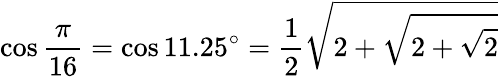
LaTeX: \cos{\frac{\pi}{16}}=\cos 11.25^{\circ}={\frac{1}{2}}{\sqrt{2+{\sqrt{2+{\sqrt{2}}}}}}